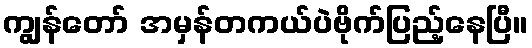
ကျွန်တော် အမှန်တကယ်ပဲဗိုက်ပြည့်နေပြီ။